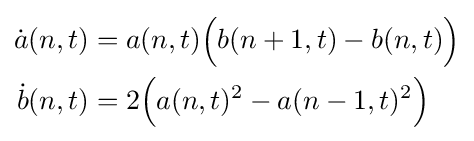
{\begin{aligned}{\dot {a}}(n,t)&=a(n,t){\Big (}b(n+1,t)-b(n,t){\Big )}\\{\dot {b}}(n,t)&=2{\Big (}a(n,t)^{2}-a(n-1,t)^{2}{\Big )}\end{aligned}}